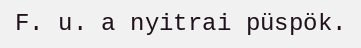
F. u. a nyitrai püspök.